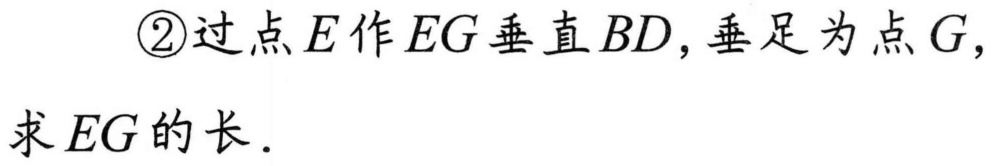
\textcircled{2}过点\(E\)作\(EG\)垂直\(BD\)，垂足为点\(G\)，
求\(EG\)的长．